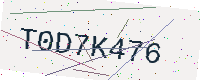
Text: T0D7K476